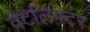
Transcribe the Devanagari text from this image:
वेटलिफ़्टर